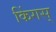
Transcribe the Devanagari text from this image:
किंगस्